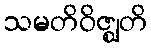
သမတိဝိဇ္ဈတိ